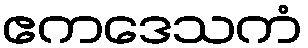
ဧကဒေသကံ